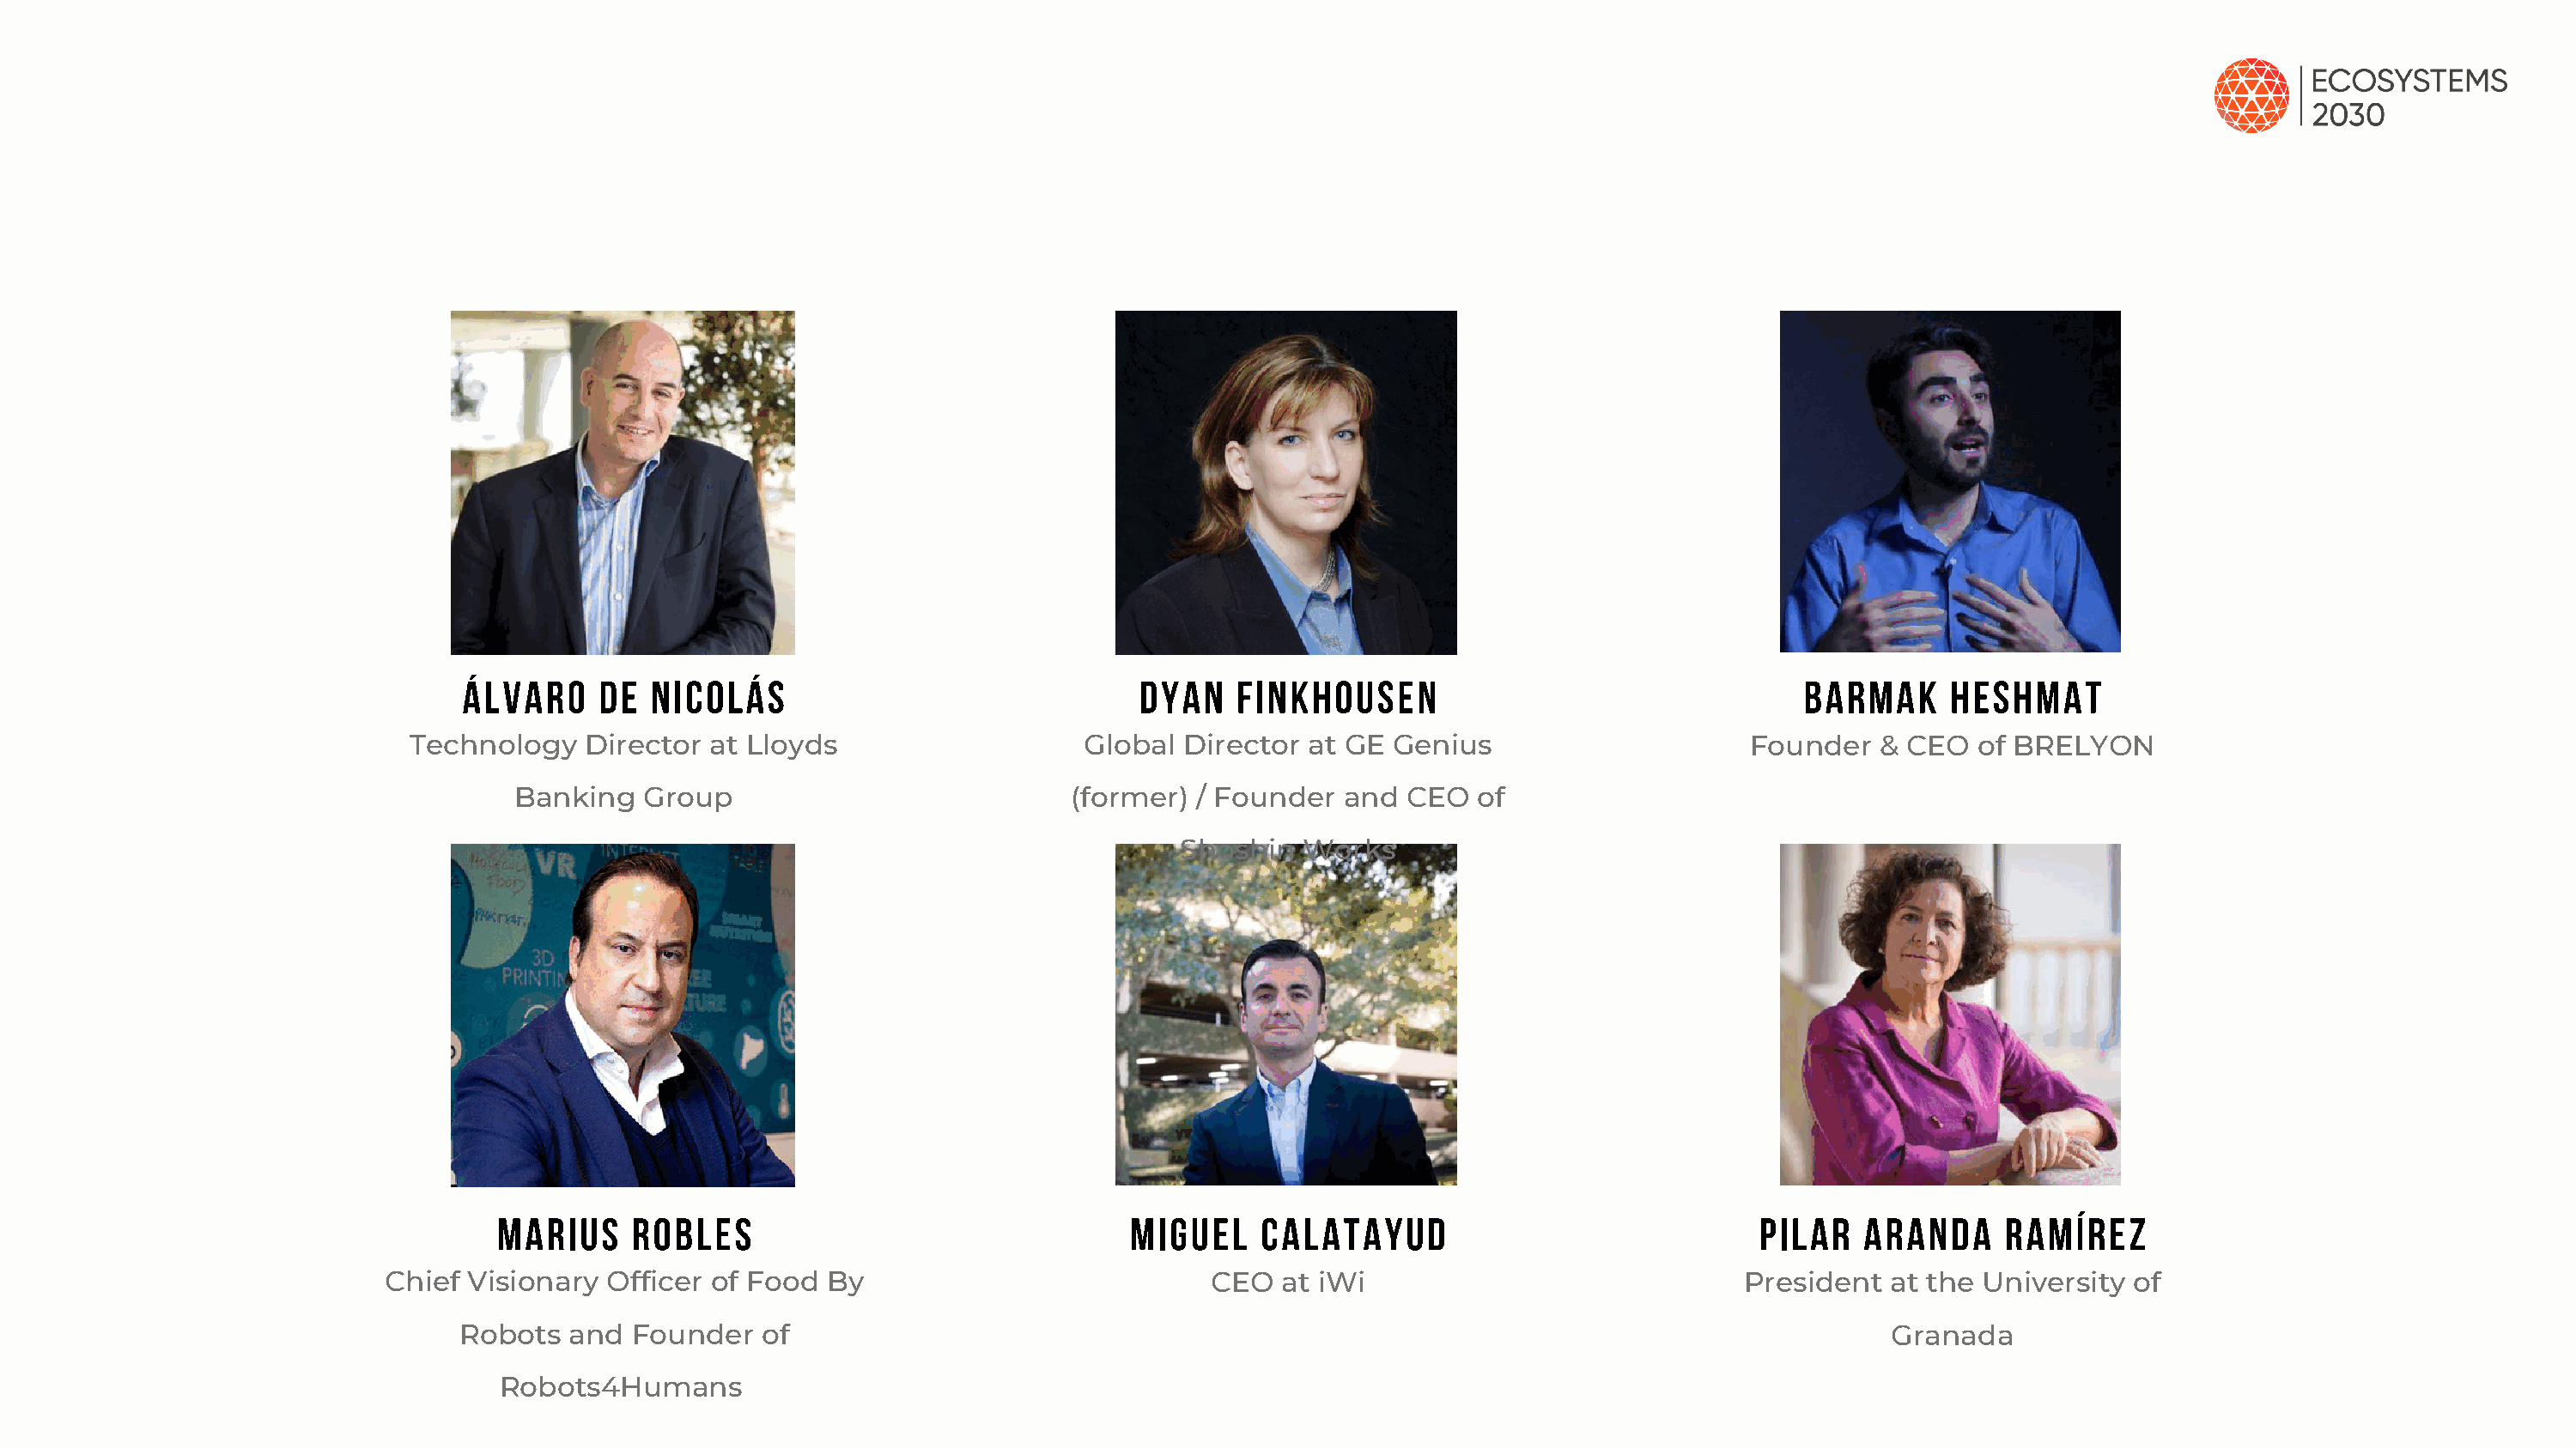
Álvaro    de  Nicolás                               Dyan   Finkhousen                                  Barmak     Heshmat
 Technology   Director  at Lloyds                    Global Director  at GE Genius                      Founder   & CEO  of BRELYON
 Banking   Group                            (former) / Founder   and CEO   of
 Shoshin  Works
 Marius     Robles                                Miguel    Calatayud                              Pilar   Aranda     Ramírez
 Chief Visionary  Officer of Food  By                           CEO   at iWi                             President   at the University of
 Robots   and  Founder   of                                                                                     Granada
 Robots4Humans